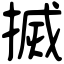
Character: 搣